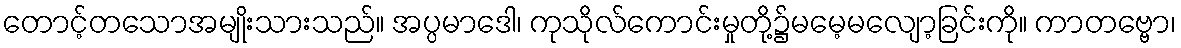
တောင့်တသောအမျိုးသားသည်။ အပ္ပမာဒေါ၊ ကုသိုလ်ကောင်းမှုတို့၌မမေ့မလျော့ခြင်းကို။ ကာတဗ္ဗော၊